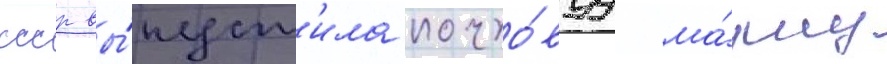
ссср вы́пуст'ила почто́вуу ма́рку